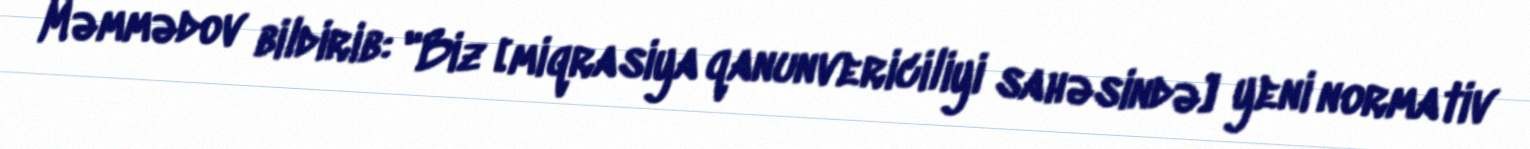
Məmmədov bildirib: "Biz [miqrasiya qanunvericiliyi sahəsində] yeni normativ